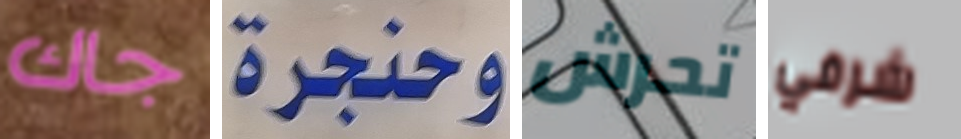
جاك وحنجرة تحرش شرفي